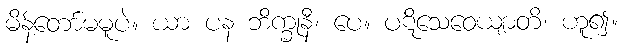
မိန့်တော်မမူပဲ။ ယာ ပန ဘိက္ခုနီ၊ ပေ။ ပဋိသေဝေယျာတိ၊ ဟူ၍။